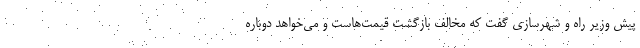
پیش وزیر راه و شهرسازی گفت که مخالف بازگشت قیمت‌هاست و می‌خواهد دوباره